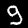
Label: 9